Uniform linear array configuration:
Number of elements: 12
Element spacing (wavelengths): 0.75
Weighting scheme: kaiser
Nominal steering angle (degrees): -45
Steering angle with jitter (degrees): -46.72
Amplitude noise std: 0.05
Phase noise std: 0.05

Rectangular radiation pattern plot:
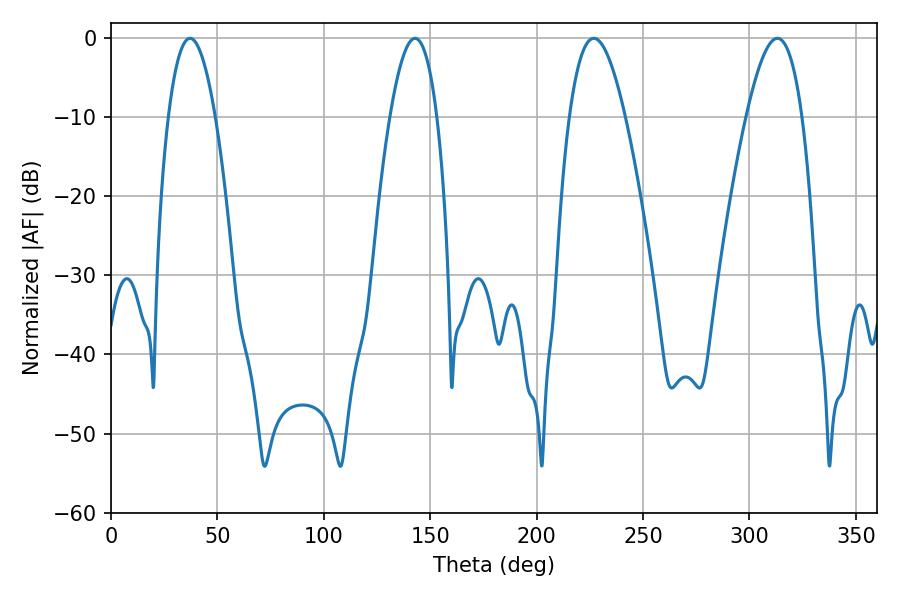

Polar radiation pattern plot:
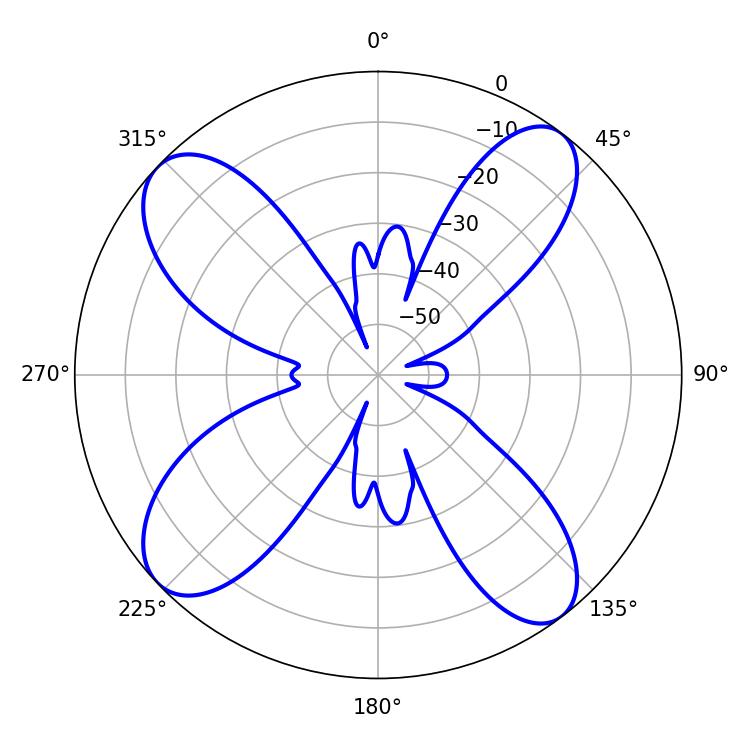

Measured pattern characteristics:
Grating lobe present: TRUE
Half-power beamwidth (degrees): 12.06
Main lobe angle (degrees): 37.08